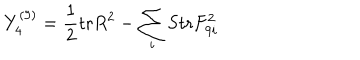
Y _ { 4 } ^ { ( 9 ) } = { \frac { 1 } { 2 } } \mathrm { t r } R ^ { 2 } - \sum _ { i } \mathrm { S t r } F _ { 9 i } ^ { 2 }